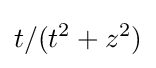
t/(t^{2}+z^{2})